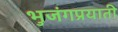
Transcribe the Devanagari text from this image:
भुजंगप्रयाती